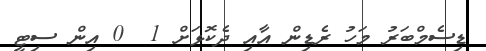
ޑިސެމްބަރު މަހު ރެޑިން އާއި ދެކޮޅަށް 1  0 އިން ސިޓީ